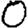
Digit: 0